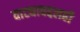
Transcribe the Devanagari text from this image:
वाट्याबद्दलही